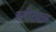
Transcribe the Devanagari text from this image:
हरीताल